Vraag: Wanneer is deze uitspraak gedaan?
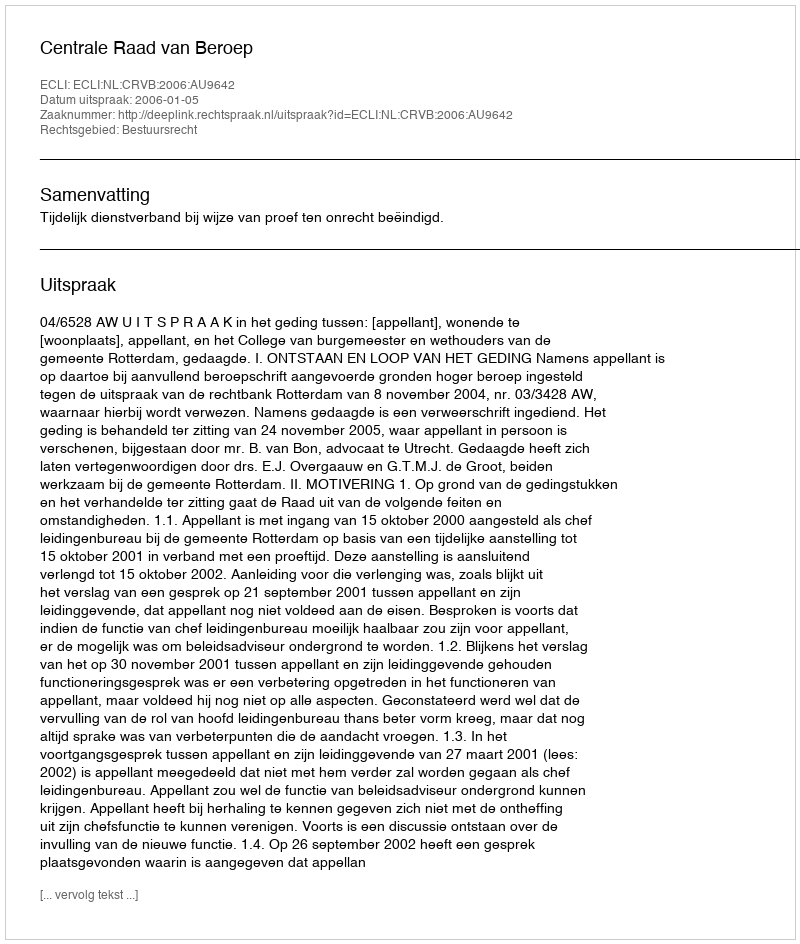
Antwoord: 2006-01-05